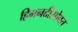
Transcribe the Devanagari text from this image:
हिमनदीसोबत